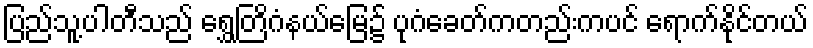
ပြည်သူ့ပါတီသည် ရွှေတြိဂံနယ်မြေ၌ ပုဂံခေတ်ကတည်းကပင် ရောက်နိုင်တယ်